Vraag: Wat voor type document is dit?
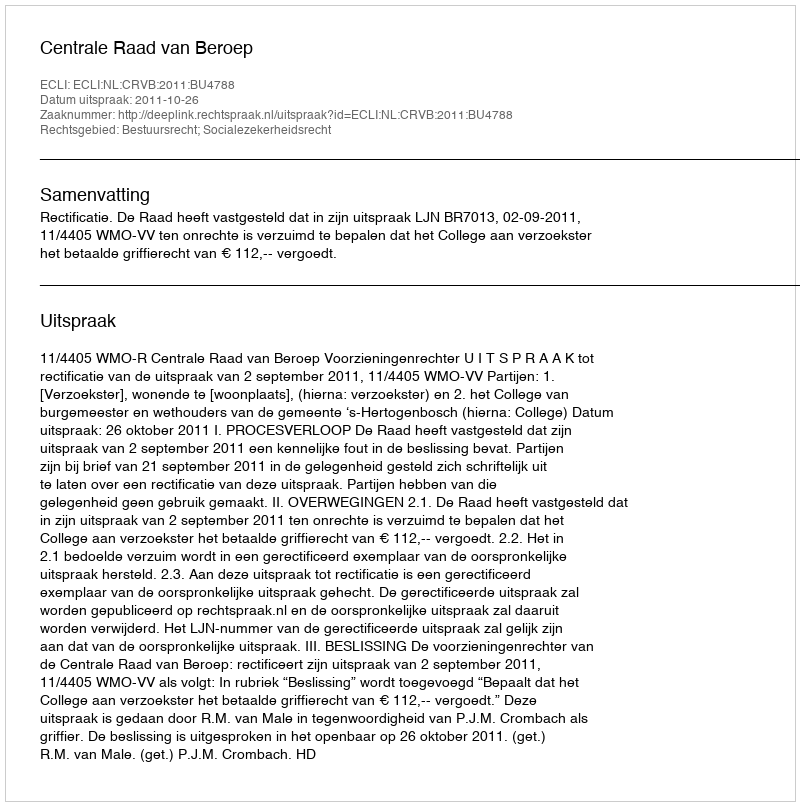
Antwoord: Uitspraak